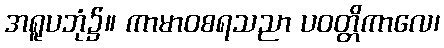
အရူပဘုံ၌။ ကာမာဝစရသညာ ပဝတ္တိကာလေ၊